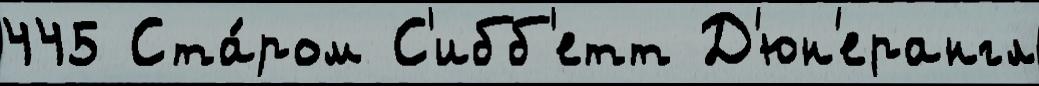
445 Ста́ром С'ибб'етт Д'юн'ерангл